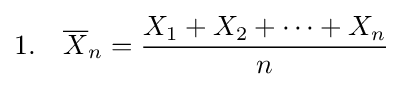
1.\quad {\overline {X}}_{n}={\frac {X_{1}+X_{2}+\cdots +X_{n}}{n}}